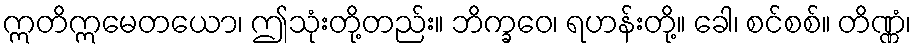
ဣတိဣမေတယော၊ ဤသုံးတို့တည်း။ ဘိက္ခဝေ၊ ရဟန်းတို့။ ခေါ၊ စင်စစ်။ တိဏ္ဏံ၊